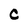
Character: C